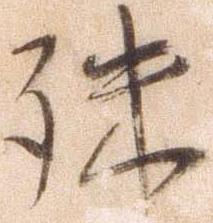
殊